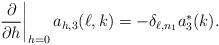
\begin{align*}\left.\frac{\partial}{\partial h}\right|_{h=0}a_{h,3}(\ell,k)=-\delta_{\ell,n_1}a_3^\ast(k).\end{align*}